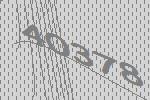
40378